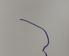
Signature authenticity: forged